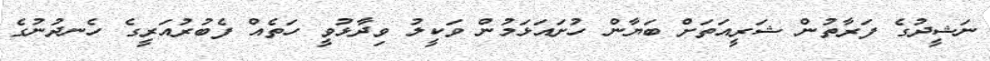
ނަޝީދުގެ ފަރާތުން ޝަރީއަތަށް ބަޔާން ހުށައަޅަމުން ވަކީލު ވިދާޅުވީ ހަތެއް ފެބުރުއަރީގެ ހެނދުނުގެ